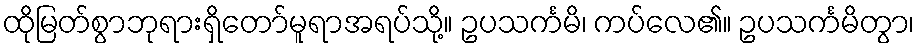
ထိုမြတ်စွာဘုရားရှိတော်မူရာအရပ်သို့။ ဥပသင်္ကမိ၊ ကပ်လေ၏။ ဥပသင်္ကမိတွာ၊